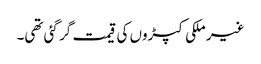
غیر ملکی کپڑوں کی قیمت گر گئی تھی۔